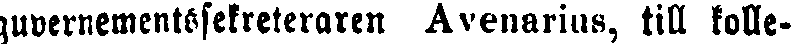
guvernementesekreteraren Avenarius, till kolle-